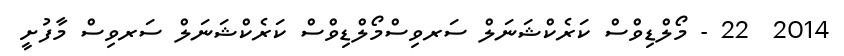
2014  22 - މޯލްޑިވްސް ކަރެކްޝަނަލް ސަރވިސްމޯލްޑިވްސް ކަރެކްޝަނަލް ސަރވިސް މާފުށީ